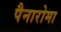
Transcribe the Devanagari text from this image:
पैनारोमा